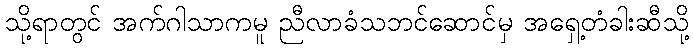
သို့ရာတွင် အက်ဂါသာကမူ ညီလာခံသဘင်ဆောင်မှ အရှေ့တံခါးဆီသို့